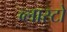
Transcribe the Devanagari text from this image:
व्लास्टो